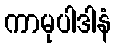
ကာမုပါဒါနံ